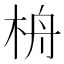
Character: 𣑮